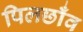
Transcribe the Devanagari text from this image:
पिलछाँव